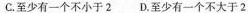
C.至少有一个不小于2 D.至少有一个不大于2